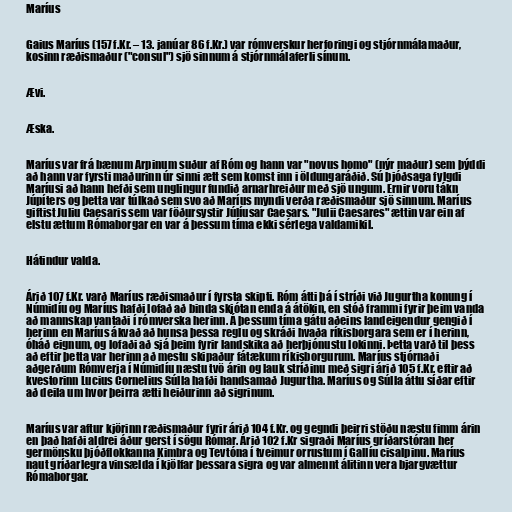
Maríus

Gaius Maríus (157 f.Kr. – 13. janúar 86 f.Kr.) var rómverskur herforingi og stjórnmálamaður,
kosinn ræðismaður ("consul") sjö sinnum á stjórnmálaferli sínum.

Ævi.

Æska.

Maríus var frá bænum Arpinum suður af Róm og hann var "novus homo" (nýr maður) sem þýddi
að hann var fyrsti maðurinn úr sinni ætt sem komst inn i öldungaráðið. Sú þjóðsaga fylgdi
Maríusi að hann hefði sem unglingur fundið arnarhreiður með sjö ungum. Ernir voru tákn
Júpíters og þetta var túlkað sem svo að Maríus myndi verða ræðismaður sjö sinnum. Maríus
giftist Juliu Caesaris sem var föðursystir Júlíusar Caesars. "Julii Caesares" ættin var ein af
elstu ættum Rómaborgar en var á þessum tíma ekki sérlega valdamikil.

Hátindur valda.

Árið 107 f.Kr. varð Maríus ræðismaður í fyrsta skipti. Róm átti þá í stríði við Jugurtha konung í
Númidíu og Maríus hafði lofað að binda skjótan enda á átökin, en stóð frammi fyrir þeim vanda
að mannskap vantaði í rómverska herinn. Á þessum tíma gátu aðeins landeigendur gengið í
herinn en Maríus ákvað að hunsa þessa reglu og skráði hvaða ríkisborgara sem er í herinn,
óháð eignum, og lofaði að sjá þeim fyrir landskika að herþjónustu lokinni. Þetta varð til þess
að eftir þetta var herinn að mestu skipaður fátækum ríkisborgurum. Maríus stjórnaði
aðgerðum Rómverja í Númidíu næstu tvö árin og lauk stríðinu með sigri árið 105 f.Kr. eftir að
kvestorinn Lucius Cornelius Súlla hafði handsamað Jugurtha. Maríus og Súlla áttu síðar eftir
að deila um hvor þeirra ætti heiðurinn að sigrinum.

Maríus var aftur kjörinn ræðismaður fyrir árið 104 f.Kr. og gegndi þeirri stöðu næstu fimm árin
en það hafði aldrei áður gerst í sögu Rómar. Árið 102 f.Kr sigraði Maríus gríðarstóran her
germönsku þjóðflokkanna Kimbra og Tevtóna í tveimur orrustum í Gallíu cisalpinu. Maríus
naut gríðarlegra vinsælda í kjölfar þessara sigra og var almennt álitinn vera bjargvættur
Rómaborgar.